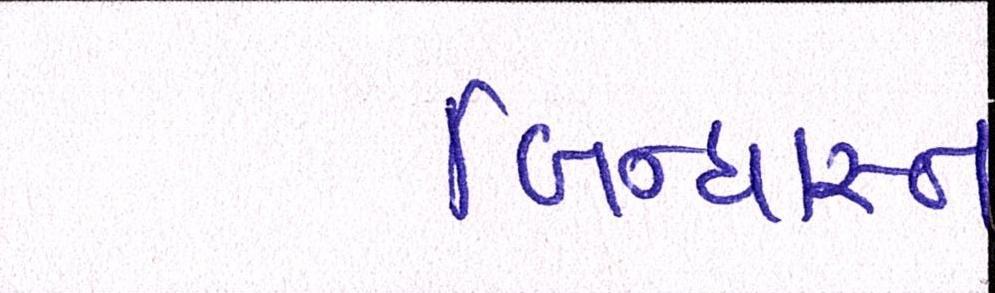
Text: બિન્ધાસ્ત